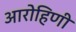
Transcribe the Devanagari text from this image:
आरोहिणी